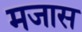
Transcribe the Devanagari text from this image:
मजास